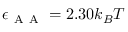
\epsilon _ { \mathrm { ~ A ~ A ~ } } = 2 . 3 0 k _ { B } T